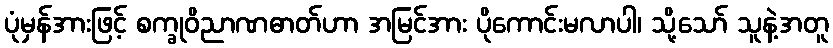
ပုံမှန်အားဖြင့် စက္ခုဝိညာဏဓာတ်ဟာ အမြင်အား ပိုကောင်းမလာပါ၊ သို့သော် သူနဲ့အတူ